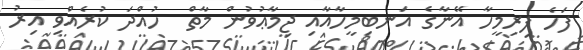
ފަހެ ފިރިމީހާ އޭނާގެ އަނބިމީހާއާއި ޖިމާޢުވުން މާތް  ހުއްދަ ކުރެއްވި އިރު